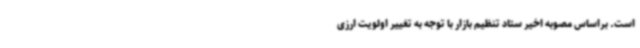
است. براساس مصوبه اخیر ستاد تنظیم بازار با توجه به تغییر اولویت ارزی